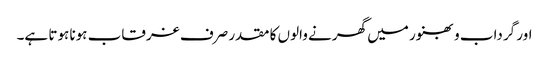
اور گرداب و بھنور میں گھرنے والوں کا مقدر صرف غرقاب ہونا ہوتا ہے۔